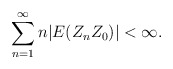
\begin{align*}\sum_{n=1}^{\infty}n|E(Z_{n}Z_{0})|<\infty.\end{align*}